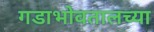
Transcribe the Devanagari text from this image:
गडाभोवतालच्या